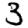
Digit: 3